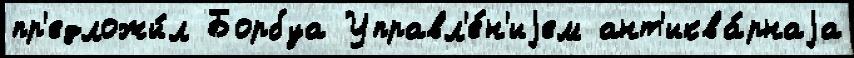
пр'едложи́л Борбуа Управл'е́н'иjем ант'иква́рнаjа